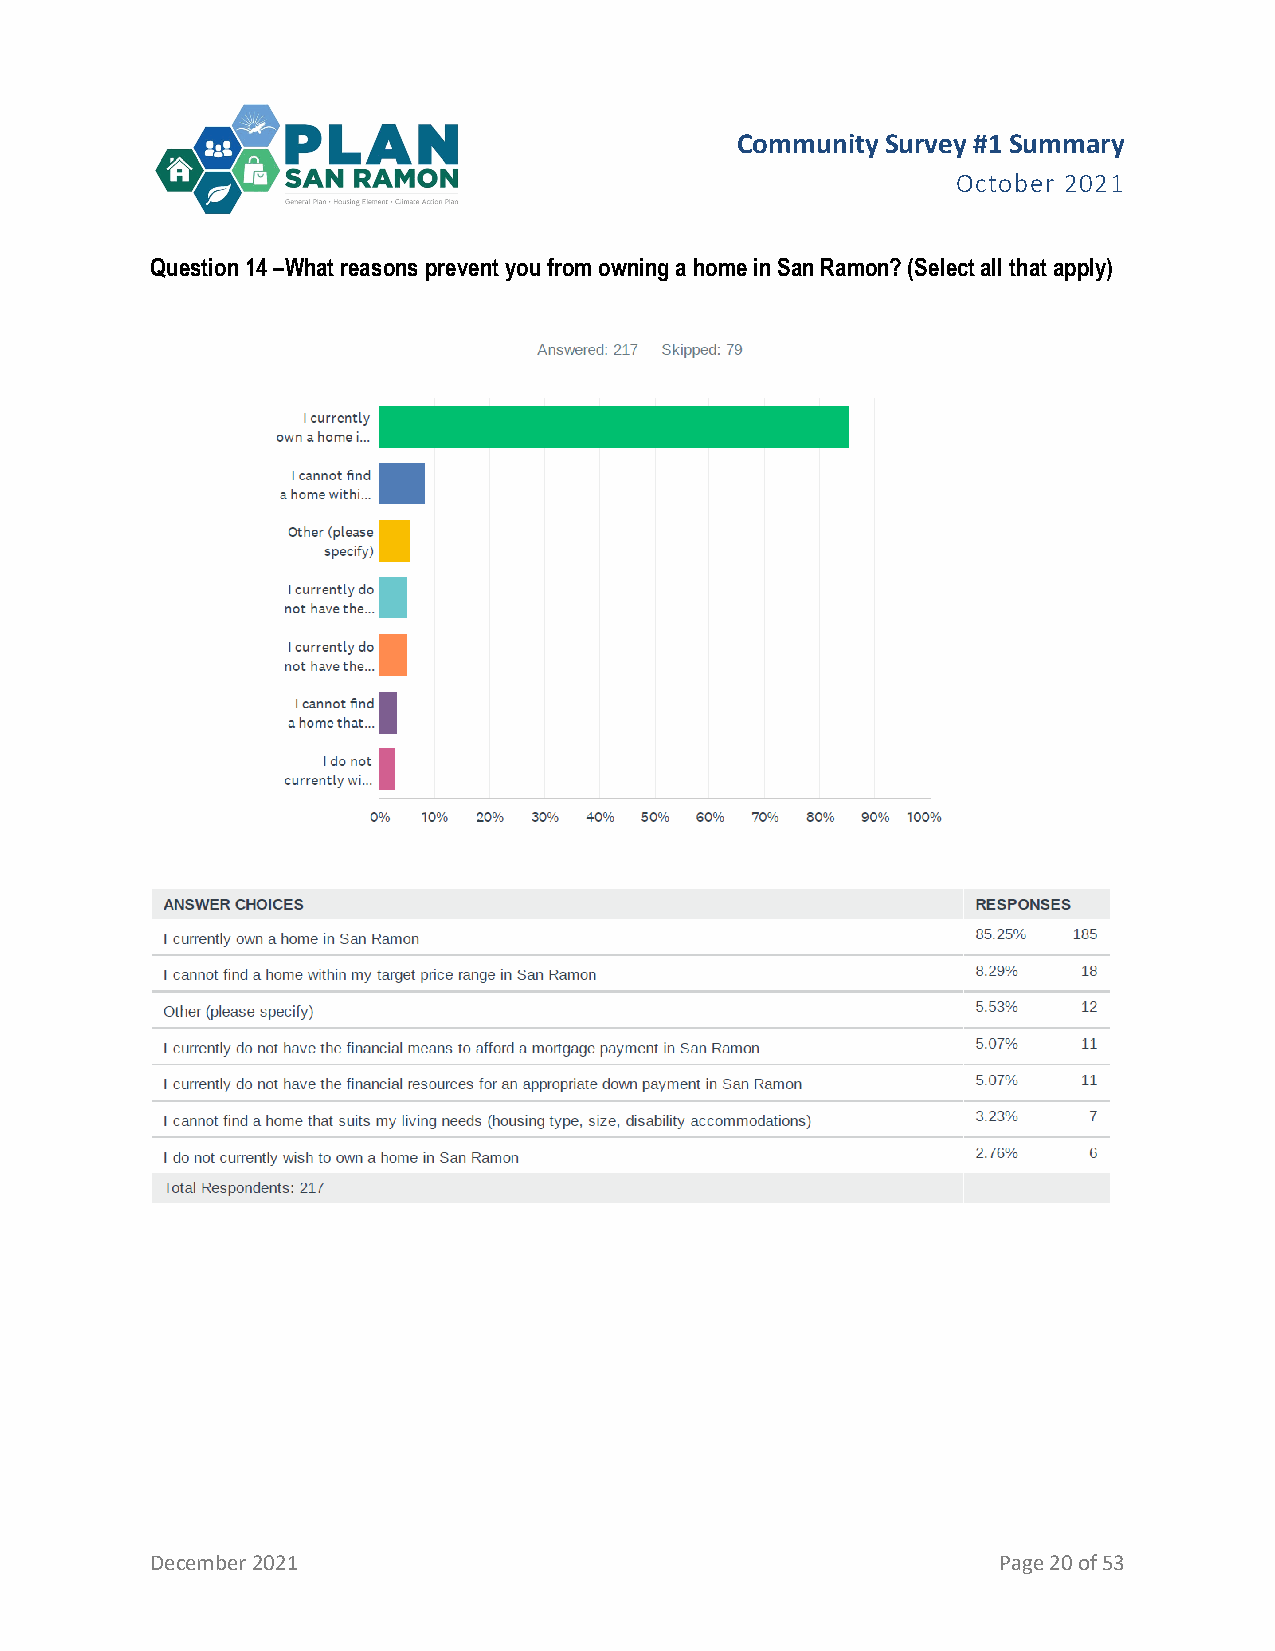
Community Survey #1 Summary
 October 2021
 Question 14 –What reasons prevent you from owning a home in San Ramon? (Select all that apply)
 December 2021                                           Page 20 of 53